Vaccination United Provinces of Agra and Oudh 1902-1913 - 1902-1913
Year: 1902
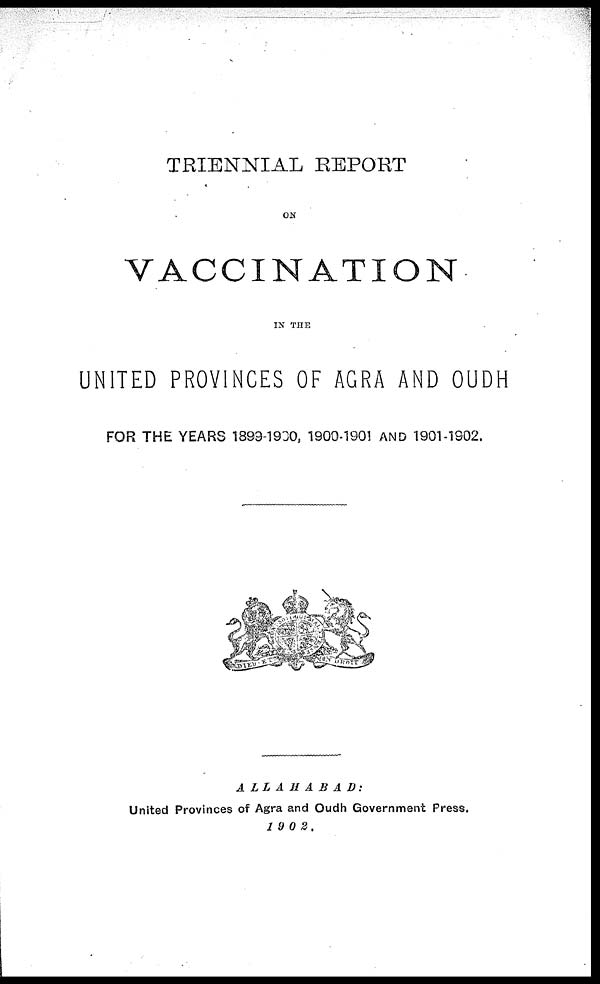
TRIENNIAL REPORT
ON
VACCINATION
IN THE
UNITED PROVINCES OF AGRA AND OUDH
FOR THE YEARS 1899-1900, 1900-1901 AND 1901-1902.
ALLAHABAD:
United Provinces of Agra and Oudh Government Press.
1902.